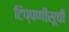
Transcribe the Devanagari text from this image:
टिप्पणीसूची